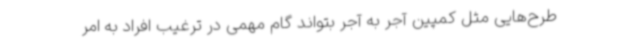
طرح‌هایی مثل کمپین آجر به آجر بتواند گام مهمی در ترغیب افراد به امر